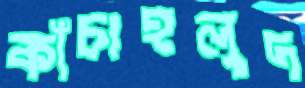
কাঁচাহলুদ